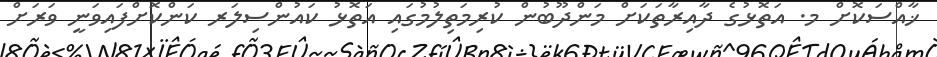
ޚާއްސަކޮށް މ. އަތޮޅުގެ ދާއިރާތަކަށް މަންދޫބުން ކުރިމަތިލުމުގައި އަތޮޅު ކައުންސިލަރ ކަންކޮށްފައިވަނީ ވަރަށް